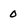
Character: 0